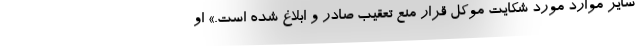
ساير موارد مورد شكايت موكل قرار منع تعقيب صادر و ابلاغ شده است.» او